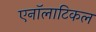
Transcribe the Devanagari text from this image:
एनॉलाटिकल